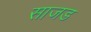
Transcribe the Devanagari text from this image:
साजड